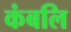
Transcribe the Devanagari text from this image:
कंबलि